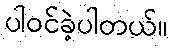
ပါဝင်ခဲ့ပါတယ်။